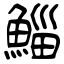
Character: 鯔